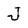
Character: J